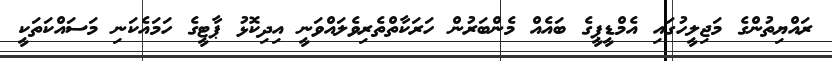
ރައްޔިތުންގެ މަޖިލީހުގައި އެމްޑީޕީގެ ބައެއް މެންބަރުން ހަރަކާތްތެރިވެލައްވަނީ އިދިކޮޅު ޕާޓީގެ ހަމައެކަނި މަސައްކަތަކީ